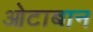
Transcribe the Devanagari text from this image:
ओटाबान